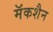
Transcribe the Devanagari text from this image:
मॅकशैन